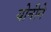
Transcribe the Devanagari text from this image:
योनीने